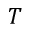
T